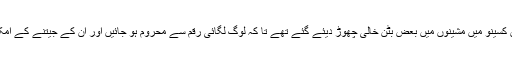
میلبرن کے کراؤن کسینو میں مشینوں میں بعض بٹن خالی چھوڑ دیئے گئے تھے تا کہ لوگ لگائی رقم سے محروم ہو جائیں اور ان کے جیتنے کے امکانات کم ہو جائیں۔